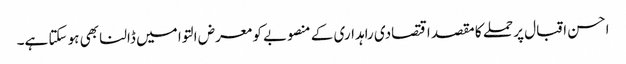
احسن اقبال پر حملے کا مقصد اقتصادی راہداری کے منصوبے کو معرض التوا میں ڈالنا بھی ہو سکتا ہے۔